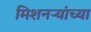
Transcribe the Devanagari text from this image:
मिशनऱ्यांच्या